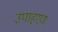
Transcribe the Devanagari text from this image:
उपाहरण